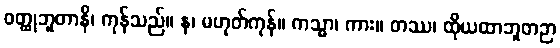
ဝတ္ထုဘူတာနိ၊ ကုန်သည်။ န၊ မဟုတ်ကုန်။ ကသ္မာ၊ ကား။ တဿ၊ ထိုယထာဘူတဉာ